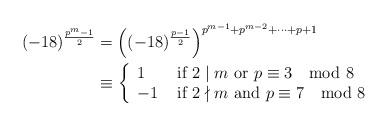
LaTeX: \begin{align*} (-18)^{\frac{p^m-1}{2}} &= \left((-18)^{\frac{p-1}{2}}\right)^{p^{m-1} + p^{m-2} + \dots + p + 1} \\ &\equiv \left\{ \begin{array}{ll} 1 &\mbox{\ if\ } 2\mid m \mbox{\ or\ } p\equiv 3\mod 8\\ -1 &\mbox{\ if\ } 2\nmid m \mbox{\ and\ } p\equiv 7\mod 8\end{array}\right. \end{align*}